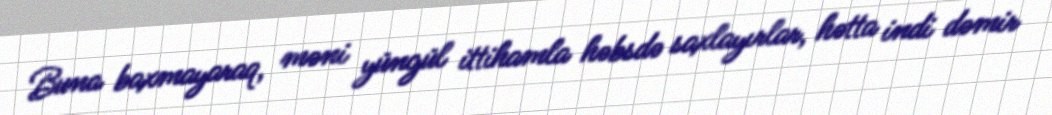
Buna baxmayaraq, məni yüngül ittihamla həbsdə saxlayırlar, hətta indi dəmir